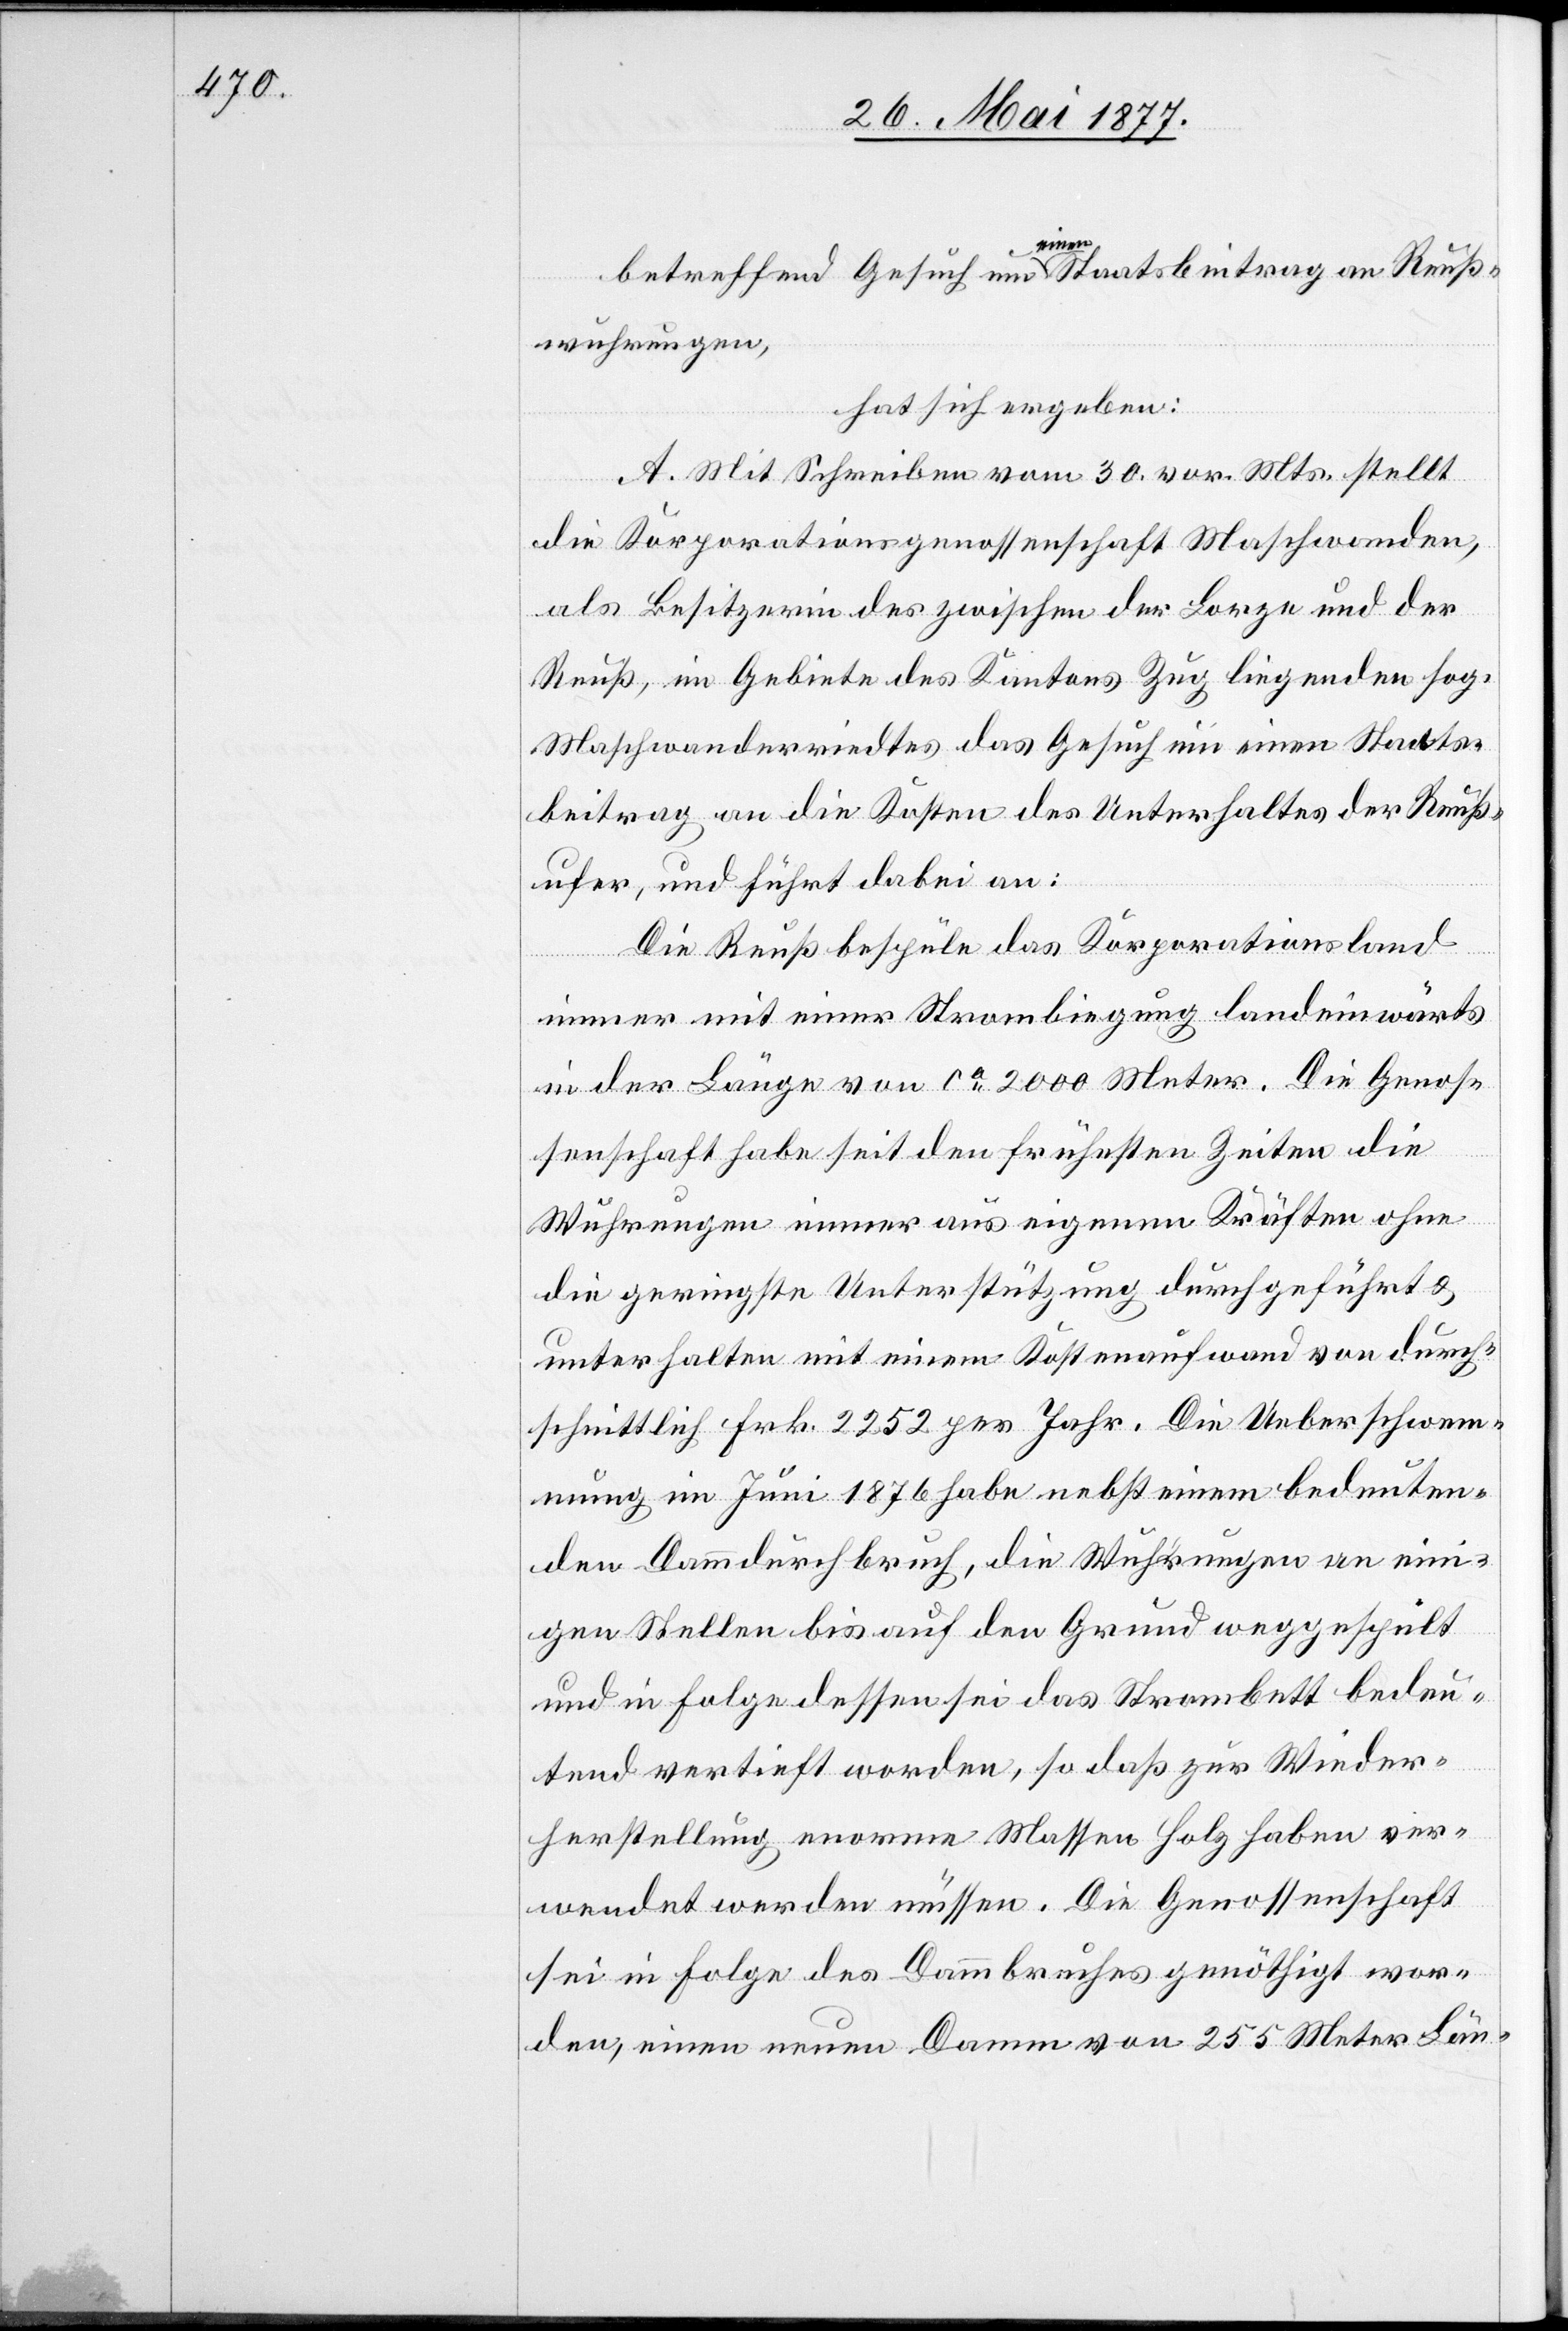
betreffend Gesuch um einen Staatsbeitrag an Reuß¬
wuhrungen,
hat sich ergeben:
A. Mit Schreiben vom 30. vor. Mts. stellt
die Korporationsgenossenschaft Maschwanden,
als Besitzerin des zwischen der Lorze und der
Reuß, im Gebiete des Kantons Zug liegenden sog.
Maschwanderriedtes das Gesuch um einen Staats¬
beitrag an die Kosten des Unterhaltes der Reuß¬
ufer, und führt dabei an:
Die Reuß bespüle das Korporationsland
immer mit einer Strombiegung landeinwärts
in der Länge von ca 2000 Meter. Die Genos¬
senschaft habe seit den frühesten Zeiten die
Wuhrungen immer aus eigenen Kräften ohne
die geringste Unterstützung durchgeführt &
unterhalten mit einem Kostenaufwand von durch¬
schnittlich Frk. 2252 per Jahr. Die Ueberschwem¬
mung im Juni 1876 habe nebst einem bedeuten¬
den Dammdurchbruch, die Wuhrungen an ein¬
igen Stellen bis auf den Grund weggespült
und in Folge dessen sei das Strombett bedeu¬
tend vertieft worden, so daß zur Wieder¬
herstellung enorme Massen Holz haben ver¬
wendet werden müssen. Die Genossenschaft
sei in Folge des Dammbruches genöthigt wor¬
den, einen neuen Damm von 255 Meter Län-